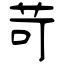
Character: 苛